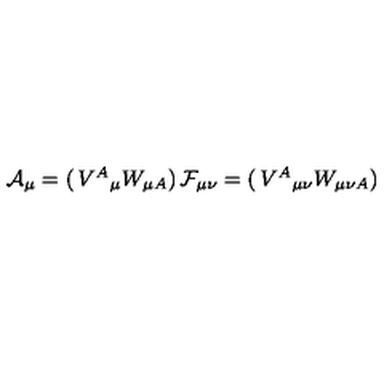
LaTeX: { \cal A } _ { \mu } = \left( \begin{matrix} { V ^ { A } { } _ { \mu } } \\ { W _ { \mu A } } \\ \end{matrix} \right) { } { \cal F } _ { \mu \nu } = \left( \begin{matrix} { V ^ { A } { } _ { \mu \nu } } \\ { W _ { \mu \nu A } } \\ \end{matrix} \right)